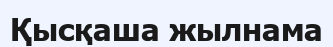
Қысқаша жылнама